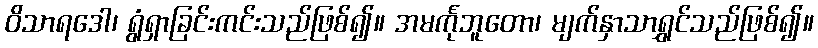
ဝိသာရဒေါ၊ ရွံရှာခြင်းကင်းသည်ဖြစ်၍။ အမင်္ကုဘူတော၊ မျက်နှာသာရွှင်သည်ဖြစ်၍။